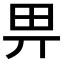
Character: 畀